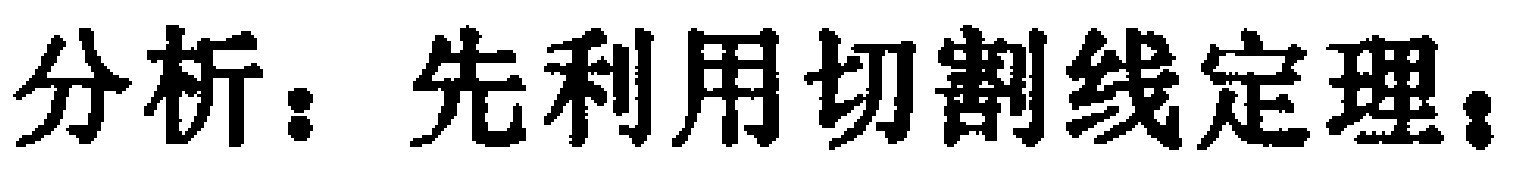
分析：先利用切割线定理；